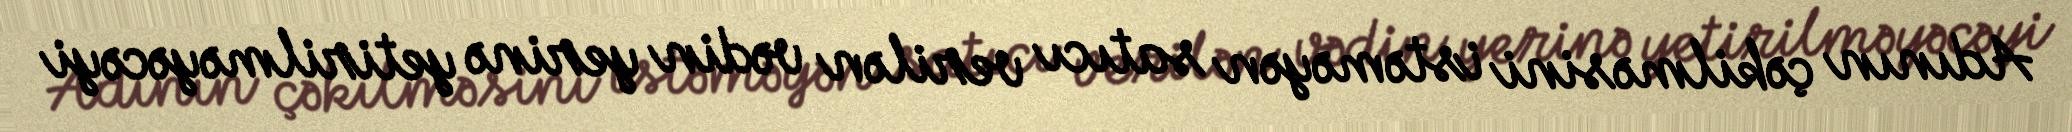
Adının çəkilməsini istəməyən satıcı verilən vədin yerinə yetirilməyəcəyi